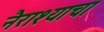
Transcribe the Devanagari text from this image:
नैराश्याचा